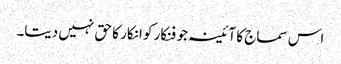
اس سماج کا آئینہ جو فنکار کو انکار کا حق نہیں دیتا۔